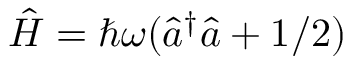
\hat { H } = \hbar \omega ( \hat { a } ^ { \dagger } \hat { a } + 1 / 2 )